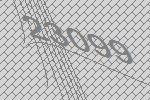
23099